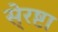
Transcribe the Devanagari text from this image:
से्रष्टा